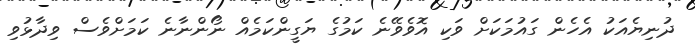
ދުނިޔެއަކު އެހެން ގައުމަކަށް ވަކި އޮވެވޭނެ ކަމުގެ ޔަގީންކަމެއް ނޯންނާނެ ކަމަށްވެސް ވިދާޅުވި